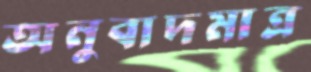
অনুবাদমাত্র